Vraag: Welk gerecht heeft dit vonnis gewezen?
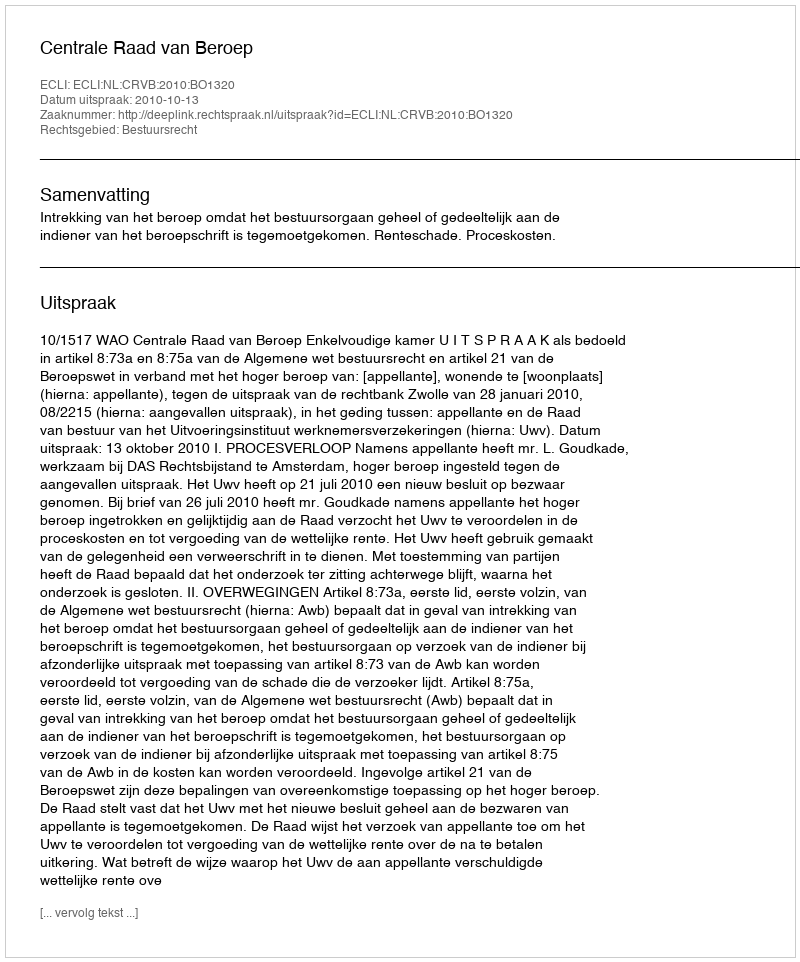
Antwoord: Centrale Raad van Beroep